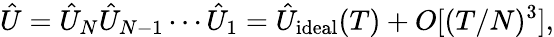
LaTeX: \hat{U}=\hat{U}_{N}\hat{U}_{N-1}\cdots\hat{U}_{1}=\hat{U}_{\mathrm{ideal}}(T)+O[(T/N)^{3}],